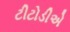
ટીટોડીએ